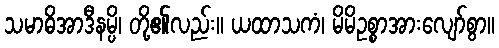
သမာဓိအာဒီနမ္ပိ၊ တို့၏လည်း။ ယထာသကံ၊ မိမိဥစ္စာအားလျော်စွာ။